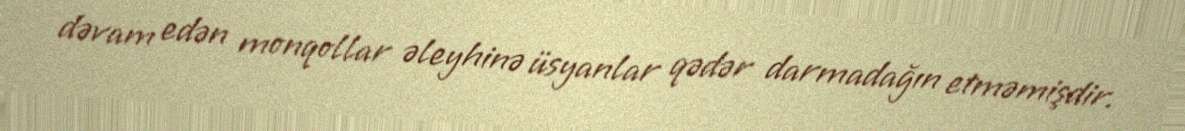
dəvam edən monqollar əleyhinə üsyanlar qədər darmadağın etməmişdir.